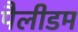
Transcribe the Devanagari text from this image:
पैलीडम